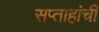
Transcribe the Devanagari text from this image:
सप्ताहांची